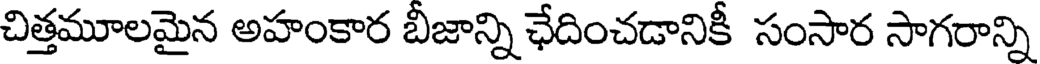
చిత్తమూలమైన అహంకార బీజాన్ని ఛేదించడానికీ సంసార సాగరాన్ని